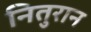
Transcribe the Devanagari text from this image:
नितुरान